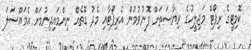
ކޮމިޓީގެ ރިޕޯޓް މަޖިލީހުގެ ރިޔާސަތަށް ފޮނުވުމުން އެރިޕޯޓާއި މެދު ގޮތެއް ނިންމައިދިނުމަށް އެމައްސަލަ